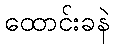
ထောင်းခနဲ